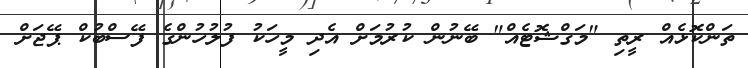
ތަންކޮޅެއް ރީތި "މަގްޝޮޓެއް" ބޭނުން ކުރުމަށް އެދި މީހަކު ފުލުހުންގެ ފޭސްބުކް ޕޭޖަށް